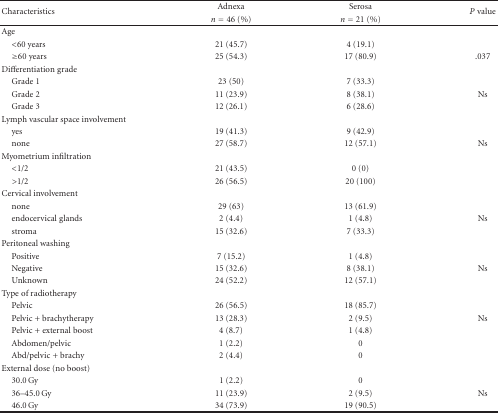
<table><thead><tr><td rowspan="2"><b>Characteristics</b></td><td><b>Adnexa</b></td><td><b>Serosa</b></td><td rowspan="2"><b><i>P</i> value</b></td></tr><tr><td><b><i>n</i> = 46 (%)</b></td><td><b><i>n</i> = 21 (%)</b></td></tr></thead><tbody><tr><td>Age</td><td></td><td></td><td></td></tr><tr><td> &lt;60 years</td><td>21 (45.7)</td><td>4 (19.1)</td><td></td></tr><tr><td> ≥60 years</td><td>25 (54.3)</td><td>17 (80.9)</td><td>.037</td></tr><tr><td>Differentiation grade</td><td></td><td></td><td></td></tr><tr><td> Grade 1</td><td>23 (50)</td><td>7 (33.3)</td><td></td></tr><tr><td> Grade 2</td><td>11 (23.9)</td><td>8 (38.1)</td><td>Ns</td></tr><tr><td> Grade 3</td><td>12 (26.1)</td><td>6 (28.6)</td><td></td></tr><tr><td>Lymph vascular space involvement</td><td></td><td></td><td></td></tr><tr><td> yes</td><td>19 (41.3)</td><td>9 (42.9)</td><td></td></tr><tr><td> none</td><td>27 (58.7)</td><td>12 (57.1)</td><td>Ns</td></tr><tr><td>Myometrium infiltration</td><td></td><td></td><td></td></tr><tr><td> &lt;1/2</td><td>21 (43.5)</td><td>0 (0)</td><td></td></tr><tr><td> &gt;1/2</td><td>26 (56.5)</td><td>20 (100)</td><td></td></tr><tr><td>Cervical involvement</td><td></td><td></td><td></td></tr><tr><td> none</td><td>29 (63)</td><td>13 (61.9)</td><td></td></tr><tr><td> endocervical glands</td><td>2 (4.4)</td><td>1 (4.8)</td><td>Ns</td></tr><tr><td> stroma</td><td>15 (32.6)</td><td>7 (33.3)</td><td></td></tr><tr><td>Peritoneal washing</td><td></td><td></td><td></td></tr><tr><td> Positive</td><td>7 (15.2)</td><td>1 (4.8)</td><td></td></tr><tr><td> Negative</td><td>15 (32.6)</td><td>8 (38.1)</td><td>Ns</td></tr><tr><td> Unknown</td><td>24 (52.2)</td><td>12 (57.1)</td><td></td></tr><tr><td>Type of radiotherapy</td><td></td><td></td><td></td></tr><tr><td> Pelvic</td><td>26 (56.5)</td><td>18 (85.7)</td><td></td></tr><tr><td> Pelvic + brachytherapy</td><td>13 (28.3)</td><td>2 (9.5)</td><td>Ns</td></tr><tr><td> Pelvic + external boost</td><td>4 (8.7)</td><td>1 (4.8)</td><td></td></tr><tr><td> Abdomen/pelvic</td><td>1 (2.2)</td><td>0</td><td></td></tr><tr><td> Abd/pelvic + brachy</td><td>2 (4.4)</td><td>0</td><td></td></tr><tr><td>External dose (no boost)</td><td></td><td></td><td></td></tr><tr><td> 30.0 Gy</td><td>1 (2.2)</td><td>0</td><td></td></tr><tr><td> 36–45.0 Gy</td><td>11 (23.9)</td><td>2 (9.5)</td><td>Ns</td></tr><tr><td> 46.0 Gy</td><td>34 (73.9)</td><td>19 (90.5)</td><td></td></tr></tbody></table>